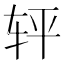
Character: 𰹽